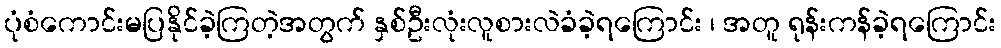
ပုံစံကောင်းမပြနိုင်ခဲ့ကြတဲ့အတွက် နှစ်ဦးလုံးလူစားလဲခံခဲ့ရကြောင်း ၊ အတူ ရုန်းကန်ခဲ့ရကြောင်း